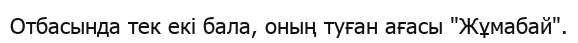
Отбасында тек екі бала, оның туған ағасы "Жұмабай".